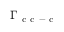
\Gamma _ { \mathrm { ~ c ~ c ~ - ~ c ~ } }